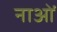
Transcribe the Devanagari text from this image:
नाओं